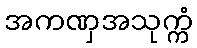
အကဏှအသုက္ကံ